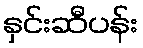
နှင်းဆီပန်း